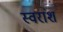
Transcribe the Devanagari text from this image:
स्वरांश